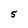
Character: 5